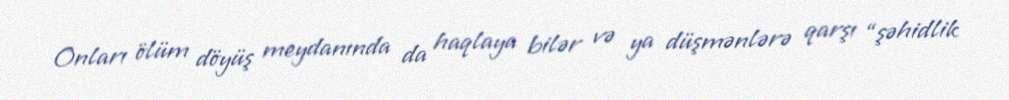
Onları ölüm döyüş meydanında da haqlaya bilər və ya düşmənlərə qarşı “şəhidlik